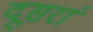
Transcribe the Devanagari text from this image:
दूसरां